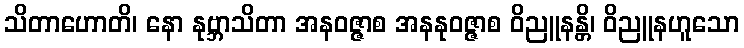
သိတာဟောတိ၊ နော နုဗ္ဘာသိတာ အနဝဇ္ဇာစ အနနုဝဇ္ဇာစ ဝိညူနန္တိ၊ ဝိညူနဟူသော